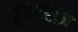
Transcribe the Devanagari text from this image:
कुंहरराज